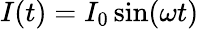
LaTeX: I(t)=I_{0}\sin(\omega t)